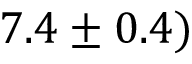
7 . 4 \pm 0 . 4 )